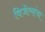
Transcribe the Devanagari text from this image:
विजेत्यांचा